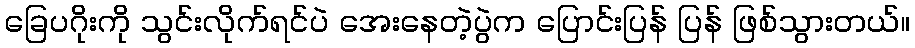
ခြေပဂိုးကို သွင်းလိုက်ရင်ပဲ အေးနေတဲ့ပွဲက ပြောင်းပြန် ပြန် ဖြစ်သွားတယ်။